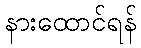
နားထောင်ရန်